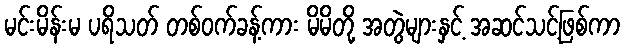
မင်းမိန်းမ ပရိသတ် တစ်ဝက်ခန့်ကား မိမိတို့ အတွဲများနှင့် အဆင်သင့်ဖြစ်ကာ